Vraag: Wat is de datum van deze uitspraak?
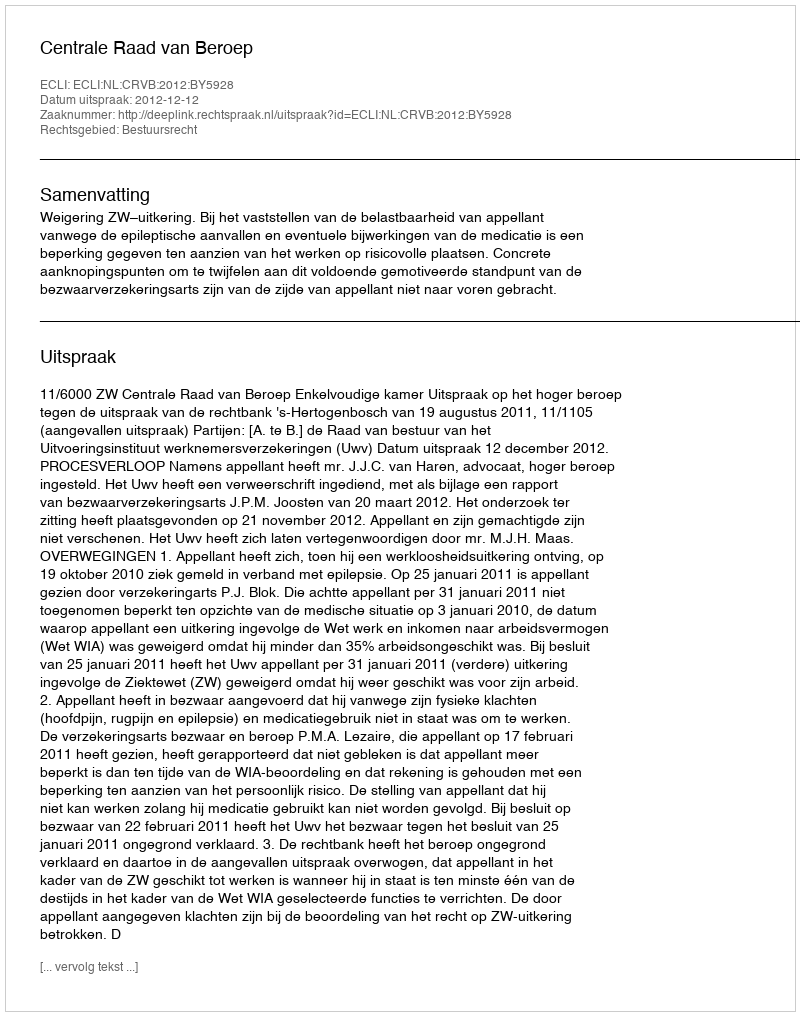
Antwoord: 2012-12-12